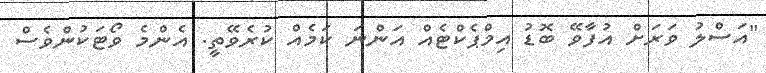
"އަސްލު ވަރަށް އުފާވޭ ބޮޑު އިމްޕެކްޓެއް އަންނަ ކަމެއް ކުރެވޭތީ. އެންމެ ވޯޓަކުންވެސް